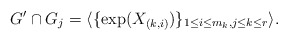
\begin{align*} G' \cap G_j = \langle \{\exp(X_{(k,i)}) \}_{1 \leq i \leq m_k, j \leq k \leq r} \rangle. \end{align*}